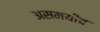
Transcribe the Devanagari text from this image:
असमयीच